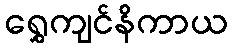
ရွှေကျင်နိကာယ